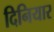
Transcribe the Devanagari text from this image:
दिनियार